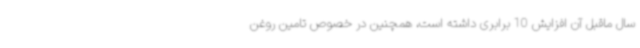
سال ماقبل آن افزایش 10 برابری داشته است، همچنین در خصوص تامین روغن